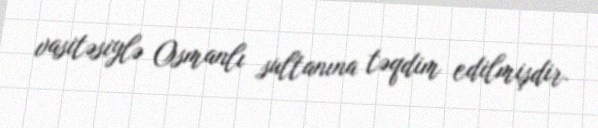
vasitəsiylə Osmanlı sultanına təqdim edilmişdir.